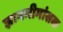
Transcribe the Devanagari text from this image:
ज्ञानमीमांसक